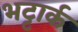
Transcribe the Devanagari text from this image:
भट्टार्क